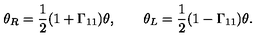
\theta _ { R } = { \frac { 1 } { 2 } } ( 1 + \Gamma _ { 1 1 } ) \theta , \qquad \theta _ { L } = { \frac { 1 } { 2 } } ( 1 - \Gamma _ { 1 1 } ) \theta .